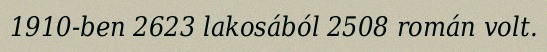
1910-ben 2623 lakosából 2508 román volt.